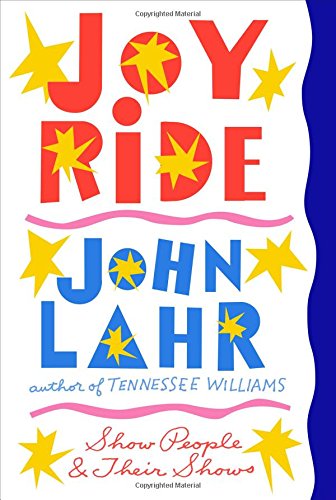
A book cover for Joy Ride: Show People and Their Shows; John Lahr; Humor & Entertainment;